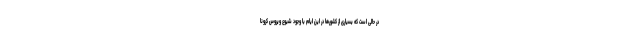
در حالی است که بسیاری از کشورها در این ایام با وجود شیوع ویروس کرونا